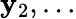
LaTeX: \mathbf{y}_{2},\ldots